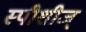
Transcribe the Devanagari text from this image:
स्पीशीज्